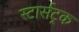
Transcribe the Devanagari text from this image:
स्टार्सट्रक